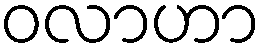
ဝလာဟာ